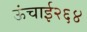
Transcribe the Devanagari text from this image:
ऊंचाई२६४